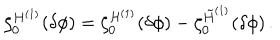
\zeta _ { 0 } ^ { H ^ { ( 1 ) } } ( \delta \phi ) = \zeta _ { 0 } ^ { { \cal H } ^ { ( 1 ) } } ( \delta \phi ) - \zeta _ { 0 } ^ { \tilde { H } ^ { ( 1 ) } } ( \delta \phi ) \, .